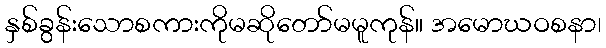
နှစ်ခွန်းသောစကားကိုမဆိုတော်မမူကုန်။ အမောဃဝစနာ၊